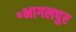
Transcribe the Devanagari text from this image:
॰भागलपुर